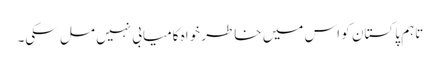
تاہم پاکستان کو اس میں خاطر خواہ کامیابی نہیں مل سکی۔